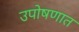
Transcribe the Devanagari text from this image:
उपोषणात